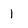
Character: 1